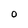
Character: O